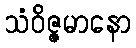
သံဝိဇ္ဇမာနော